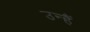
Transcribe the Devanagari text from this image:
उन्हैं